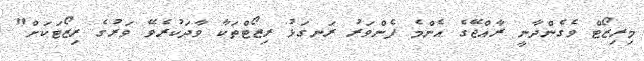
މިރިޒޯޓް ވެގެންދާނީ ރާއްޖޭގެ އެންމެ ފެންވަރު ރަނގަޅު ރިޒޯޓްތަކާ ވާދަކުރެވޭ ވަރުގެ ރިޒޯޓަކަށް"